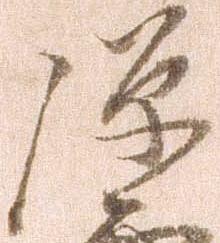
弾